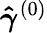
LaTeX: \boldsymbol{\hat{\gamma}}^{(0)}